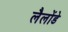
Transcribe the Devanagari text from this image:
लैलोंडे